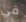
قي